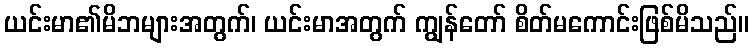
ယင်းမာ၏မိဘများအတွက်၊ ယင်းမာအတွက် ကျွန်တော် စိတ်မကောင်းဖြစ်မိသည်။